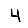
Digit: 4